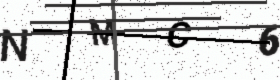
Text: NMC6